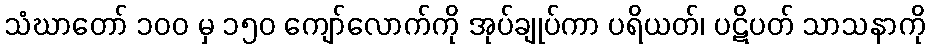
သံဃာတော် ၁၀၀ မှ ၁၅၀ ကျော်လောက်ကို အုပ်ချုပ်ကာ ပရိယတ်၊ ပဋိပတ် သာသနာကို